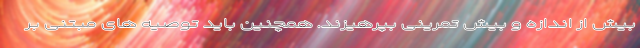
بیش از اندازه و بیش تمرینی بپرهیزند. همچنین باید توصیه های مبتنی بر